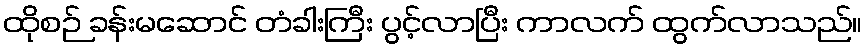
ထိုစဉ် ခန်းမဆောင် တံခါးကြီး ပွင့်လာပြီး ကာလက် ထွက်လာသည်။